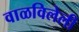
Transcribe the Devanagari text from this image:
वाळविलेली